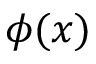
\phi ( x )